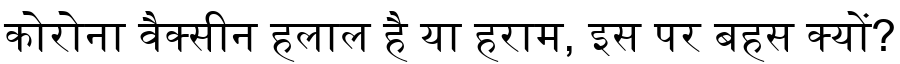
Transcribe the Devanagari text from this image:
कोरोना वैक्सीन हलाल है या हराम, इस पर बहस क्यों?